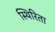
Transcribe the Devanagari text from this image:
स्थिरिता